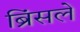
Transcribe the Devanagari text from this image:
ब्रिंसले